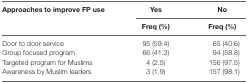
<table><thead><tr><td rowspan="3"><b>Approaches to improve FP use</b></td><td><b>Yes</b></td><td><b>No</b></td></tr><tr><td><b>Freq (%)</b></td><td><b>Freq (%)</b></td></tr></thead><tbody><tr><td>Door to door service</td><td>95 (59.4)</td><td>65 (40.6)</td></tr><tr><td>Group focused program</td><td>66 (41.3)</td><td>94 (58.8)</td></tr><tr><td>Targeted program for Muslims</td><td>4 (2.5)</td><td>156 (97.5)</td></tr><tr><td>Awareness by Muslim leaders</td><td>3 (1.9)</td><td>157 (98.1)</td></tr></tbody></table>